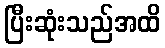
ပြီးဆုံးသည်အထိ